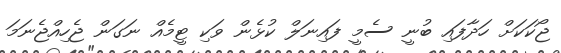
ޖޯކަކަށް ހަދާފައި ބުނީ ސެމީ ފައިނަލް ކުޅެން ވަކި ޓީމެއް ނަގަން ޖެހިއްޖެނަމަ